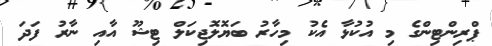
ޕްރިންޓިންގެ މި އުކުޅާ އެކު މިހާރު ބަޔޮލޮޖިކަލް ޓިޝޫ އާއި ނާރު ފަދަ